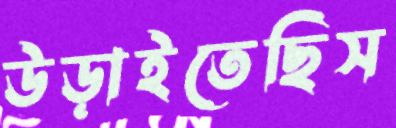
উড়াইতেছিস